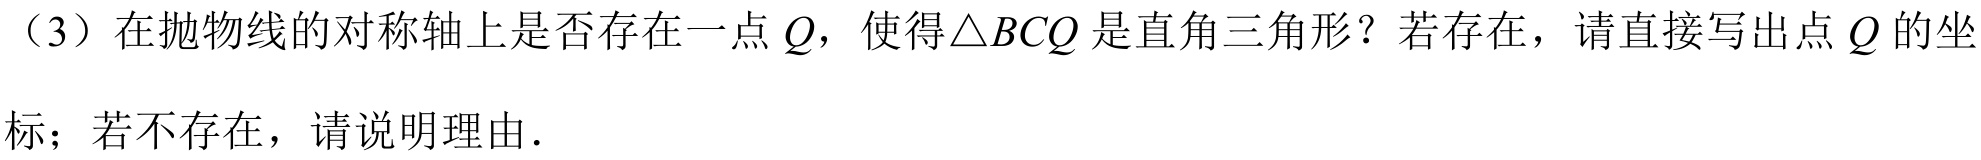
（3）在抛物线的对称轴上是否存在一点\(Q\)，使得\(\triangle BCQ\)是直角三角形？若存在，请直接写出点\(Q\)的坐
标；若不存在，请说明理由.